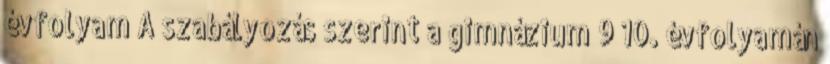
évfolyam A szabályozás szerint a gimnázium 9 10. évfolyamán